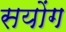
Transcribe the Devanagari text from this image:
सयोंग